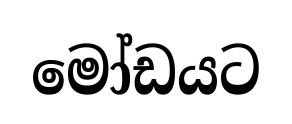
මෝඩයට